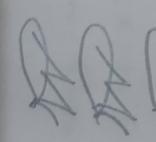
Signature authenticity: forged